Medical and sanitary report of the native army of Bengal for the year
Year: 1877
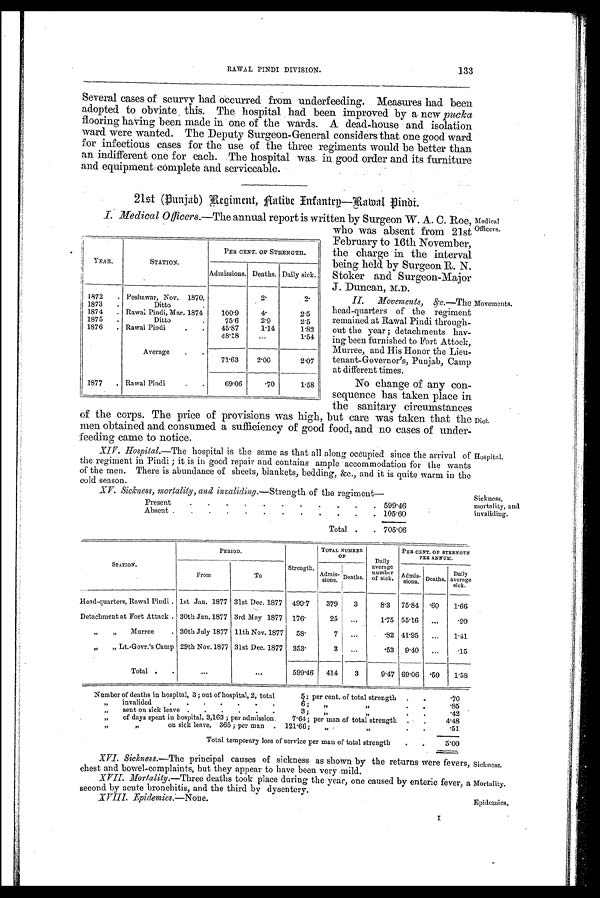
Sickness.
Mortality
Epidemics.
Several cases of scurvy had occurred from underfeeding. Measures had been
adopted to obviate this. The hospital had been improved by a new pucka
flooring having been made in one of the wards. A dead-house and isolation
ward were wanted. The Deputy Surgeon-General considers that one good ward
for infectious cases for the use of the three regiments would be better than
an indifferent one for each. The hospital was in good order and its furniture
and equipment complete and serviceable.
21st (Punjab) Ragiment, Native Infantry—Rawal Pindi.
L Medical Officers.—The annual report is written by Surgeon W. A. C. Roe,
who was absent from 21st
February to 16th November,
the charge in the interval
being held by Surgeon R. N.
Stoker and Surgeon-Major
J
. Duncan, M.D.
II. Movements,
head-quarters of the regiment
remained at Rawal Pindi through-
out the year ; detachments hav-
ing been furnished to Fort Attock,
Murree, and His Honor the Lieu-
tenant-Governor's, Punjab, Camp
at different times.
No change of any con-
sequence has taken place in
the sanitary circumstances
of the corps. The price of provisions was high, but care was taken that the
men obtained and consumed a sufficiency of good food, and no cases of under-
feeding came to notice.
Hospital.—The hospital is the same as that all along occupied since the arrival of
the regiment in Pindi ; it is in good repair and contains ample accommodation for the wants
of the men. There is abundance of sheets, blankets, bedding, &c., and it is quite warm in the
cold season.
XV. Sickness, mortality, and invaliding.—Strength of the regiment—
Present
.
.
.
.
.
.
.
.
.
.
. 599.46
Absent .
.
.
.
.
.
.
.
.
.
.
. 105.60
Total •
.
705.06
YEAR.
STATION.
PER CENT. OF STRENGTH.
Admissions. Deaths. Daily sick.
1872
Peshawar, Nov. 1870,
2.
2.
1873
Ditto
1874
. Rawal Pindi, Mar. 1874
100.9
4.
2.5
1875
Ditto
75.6
2.9
2.5
1876
. Rawal Pindi
45.87
1.14
1.82
48.18 ...
1.54
Average
71.63
2.00
2.07
1877
. Rawal Pindi
69.06
. 7 0 1.58
Medical
Officers.
Movements.
Diet.
Hospital.
Sickness,
mortality, and
invaliding.
S T A T I O N .
PERIOD.
TOTAL NUMBER
O F
Daily
average
number
of sick.
PER CENT. OP STRENGTH
PER ANNUM.
From
To
Strength.
Admis-
s i o n s .
Deaths.
A d m i s -
s i o n s . Deaths.
Daily
average sick.
Head-quarters, Rawal Pindi. 1st Jan. 1877 31st Dec. 1877 499.7
379
3
8.3 75.84 .60
1.66
Detachment at Fort Attack . 30th Jan. 1877 3rd May 1877 176.
25
. . .
1.75 55.16
...
.99
"
"
Murree
. 30th July 1877 11th Nov. 1877
58.
7
...
.
8 2 41.95
...
1.41
„
„ Lt.-Govr.'s Camp 29th Nov.1877 31st Dec. 1877 353.
3
.53 9.40
...
.15
Total
...
. . .
599.46
414
3
9.47 69.06 .50
1.58
Number of deaths in hospital, 3 ; out of hospital, 2, total
5 ; per cent. of total strength .
.70
invalided
.
.
•
•
.
•
.
6;
"
"
.85
„
sent on sick leave .
.
.
.
.
3 ;
"
,,
.
. .42
„
of days spent in hospital, 3,163 ; per admission
7.64; per man of total strength
. 4.48
"
"
on sick leave, 365 ; per man . 121.66;
"
"
.
.51
Total temporary loss of service per man of total strength
.
5.00
XVI Sickness.—The principal causes of sickness as shown by the returns were fevers,
chest and bowel-complaints, but they appear to have been very mild.
XVII. Mortality .—Three deaths took place during the year, one caused by enteric fever, a
second by acute bronchitis, and the third by dysentery.
XVIII. Epidemics.—None.
I